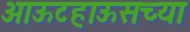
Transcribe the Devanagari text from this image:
आऊटहाऊसच्या